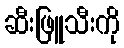
ဆီးဖြူသီးကို